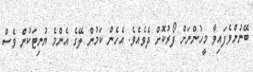
ބޭނުންވެފައިވާ މީހުންނަށް ފޯރުކޮށް ދެވެއެވެ. އެހެން ކަމުން ލޭގެ އެންމެ ޔުނިޓަކުން ވެސް